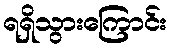
ရရှိသွားကြောင်း